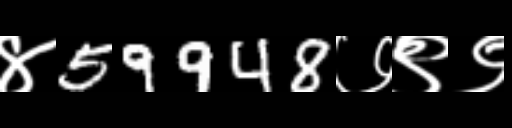
Text: ४59948७९९